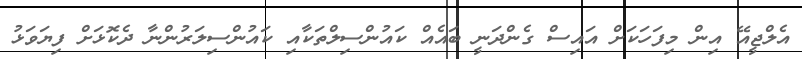
އެލްޖީއޭ އިން މިފަހަކަށް އައިސް ގެންދަނީ ބައެއް ކައުންސިލްތަކާއި ކައުންސިލަރުންނާ ދެކޮޅަށް ފިޔަވަޅު